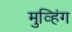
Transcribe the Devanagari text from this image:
मुव्हिंग